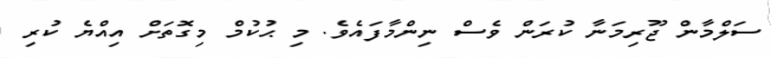
ސަލްމާން ޖޫރިމަނާ ކުރަން ވެސް ނިންމާފައެވެ. މި ޙުކުމް މިގޮތަށް އިއްޔެ ކުރި